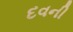
દવની